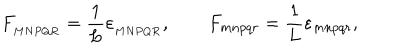
{ F _ { _ { M N P Q R } } = \frac { 1 } { L } \varepsilon _ { _ { M N P Q R } } , \qquad F _ { m n p q r } = \frac { 1 } { L } \varepsilon _ { m n p q r } , }